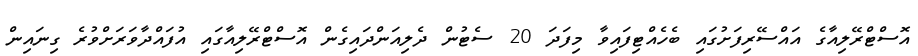
އޮސްޓްރޭލިއާގެ އައްސޭރިފަށުގައި ބެހެއްޓިފައިވާ މިފަދަ 20 ސެޓުން ދެލިއަންދައިގެން އޮސްޓްރޭލިއާގައި އުފައްދާވަރަށްވުރެ ގިނައިން